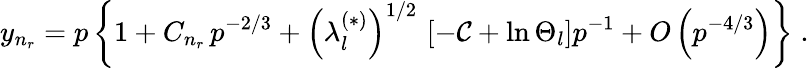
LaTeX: y_{n_{r}}=p\left\{ 1+C_{n_{r}}\, p^{-2/3}+\left(\lambda_{l}^{(\ast)}\right)^{1/2}\, \left[-\mathcal{C}+\ln\Theta_{l}\right]p^{-1}+O\left(p^{-4/3}\right)\right\} \; .